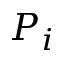
P _ { i }